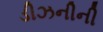
ડીઝનીની